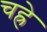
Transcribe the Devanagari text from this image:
चह्रे